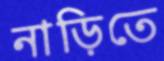
নাড়িতে